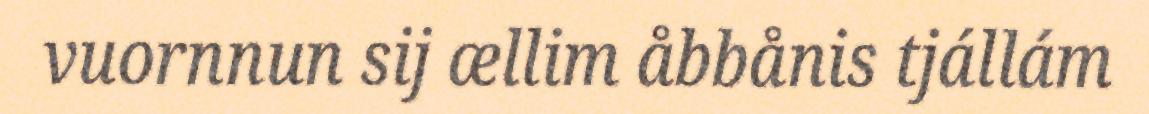
vuornnun sij ællim åbbånis tjállám